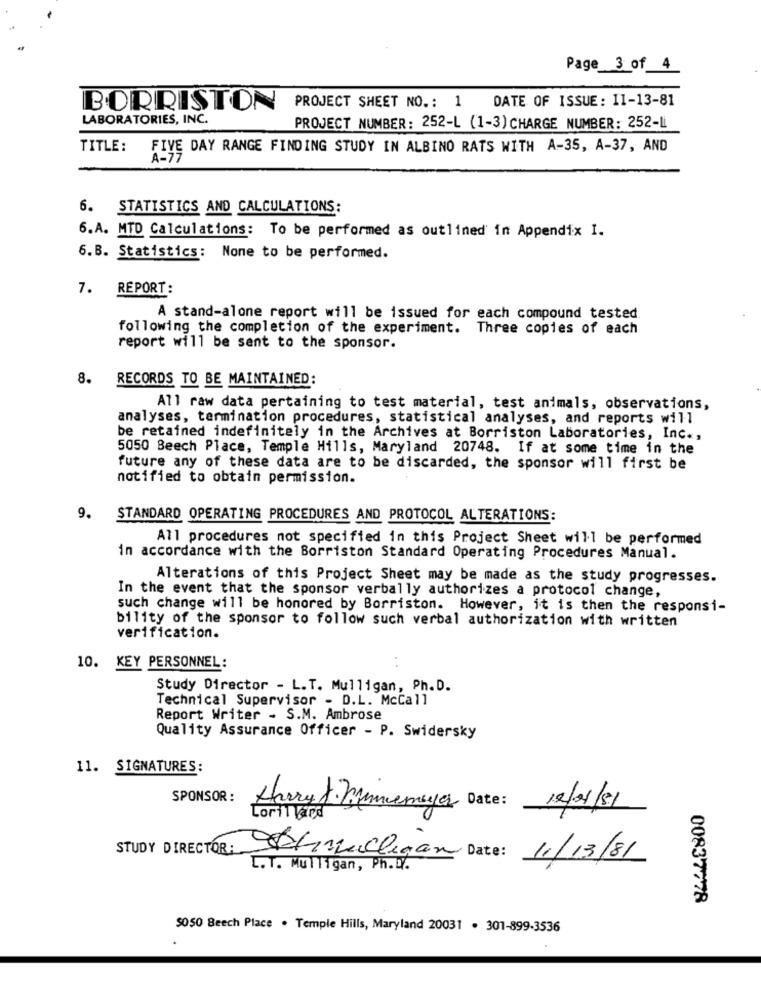
Page 3 of 4
BORRISTON
PROJECT SHEET NO .: 1
DATE OF ISSUE: 11-13-81
LABORATORIES, INC.
PROJECT NUMBER: 252-L (1-3) CHARGE NUMBER: 252-L
TITLE:
FIVE DAY RANGE FINDING STUDY IN ALBINO RATS WITH A-35, A-37, AND
A-77
6. STATISTICS AND CALCULATIONS:
6.A. MTD Calculations: To be performed as outlined' in Appendix I.
6. B. Statistics: None to be performed.
7.
REPORT:
A stand-alone report will be issued for each compound tested
following the completion of the experiment. Three copies of each
report will be sent to the sponsor.
8.
RECORDS TO BE MAINTAINED:
All raw data pertaining to test material, test animals, observations,
analyses, termination procedures, statistical analyses, and reports will
be retained indefinitely in the Archives at Borriston Laboratories, Inc .,
5050 Beech Place, Temple Hills, Maryland 20748. If at some time in the
future any of these data are to be discarded, the sponsor will first be
notified to obtain permission.
9.
STANDARD OPERATING PROCEDURES AND PROTOCOL ALTERATIONS:
All procedures not specified in this Project Sheet will be performed
in accordance with the Borriston Standard Operating Procedures Manual.
Alterations of this Project Sheet may be made as the study progresses.
In the event that the sponsor verbally authorizes a protocol change,
such change will be honored by Borriston. However, it is then the responsi-
bility of the sponsor to follow such verbal authorization with written
verification.
10. KEY PERSONNEL:
Study Director - L.T. Mulligan, Ph.D.
Technical Supervisor - D.L. McCall
Report Writer - S.M. Ambrose
Quality Assurance Officer - P. Swidersky
11. SIGNATURES:
SPONSOR :
therythmemayer Date: 19/01/81
Lorillard
STUDY DIRECTOR:
halligan Date: 11/13/81
I.T. Mulligan, Ph.D.
00837778
$050 Beech Place . Temple Hills, Maryland 20031 . 301-899-3536